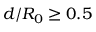
d / R _ { 0 } \geq 0 . 5